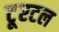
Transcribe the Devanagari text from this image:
टूरटल